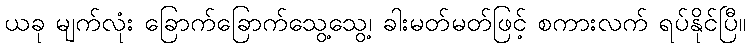
ယခု မျက်လုံး ခြောက်ခြောက်သွေ့သွေ့၊ ခါးမတ်မတ်ဖြင့် စကားလက် ရပ်နိုင်ပြီ။